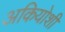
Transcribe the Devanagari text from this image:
अकियोशी